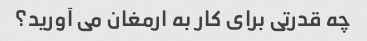
چه قدرتی برای کار به ارمغان می آورید؟